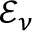
\mathcal { E } _ { \nu }